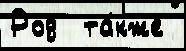
Род  та́кже